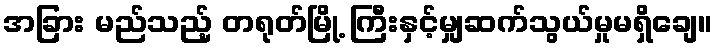
အခြား မည်သည့် တရုတ်မြို့ ကြီးနှင့်မျှဆက်သွယ်မှုမရှိချေ။